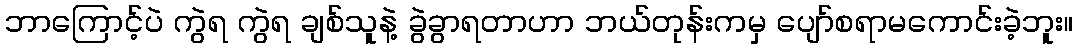
ဘာကြောင့်ပဲ ကွဲရ ကွဲရ ချစ်သူနဲ့ ခွဲခွာရတာဟာ ဘယ်တုန်းကမှ ပျော်စရာမကောင်းခဲ့ဘူး။